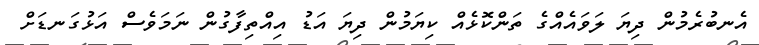
އެނބުރެމުން ދިޔަ ލަަވައެއްގެ ތަންކޮޅެއް ކިޔަމުން ދިޔަ އަޑު އިއްތިފާގުން ނަމަވެސް އަޅުގަނޑަށް